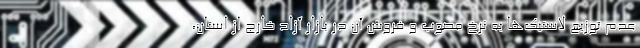
عدم توزیع لاستیک‌ها به نرخ مصوب و فروش آن در بازار آزاد خارج از استان،